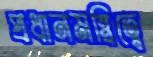
প্রধানমন্ত্রিত্বে